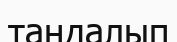
таңдалып